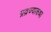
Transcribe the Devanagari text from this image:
प्रव्रज्याकथा